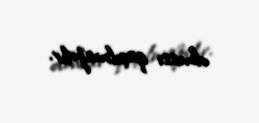
olması qaçılmazdır.